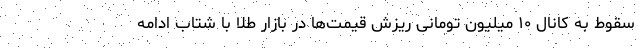
سقوط به کانال ۱۰ میلیون تومانی ریزش قیمت‌ها در بازار طلا با شتاب ادامه